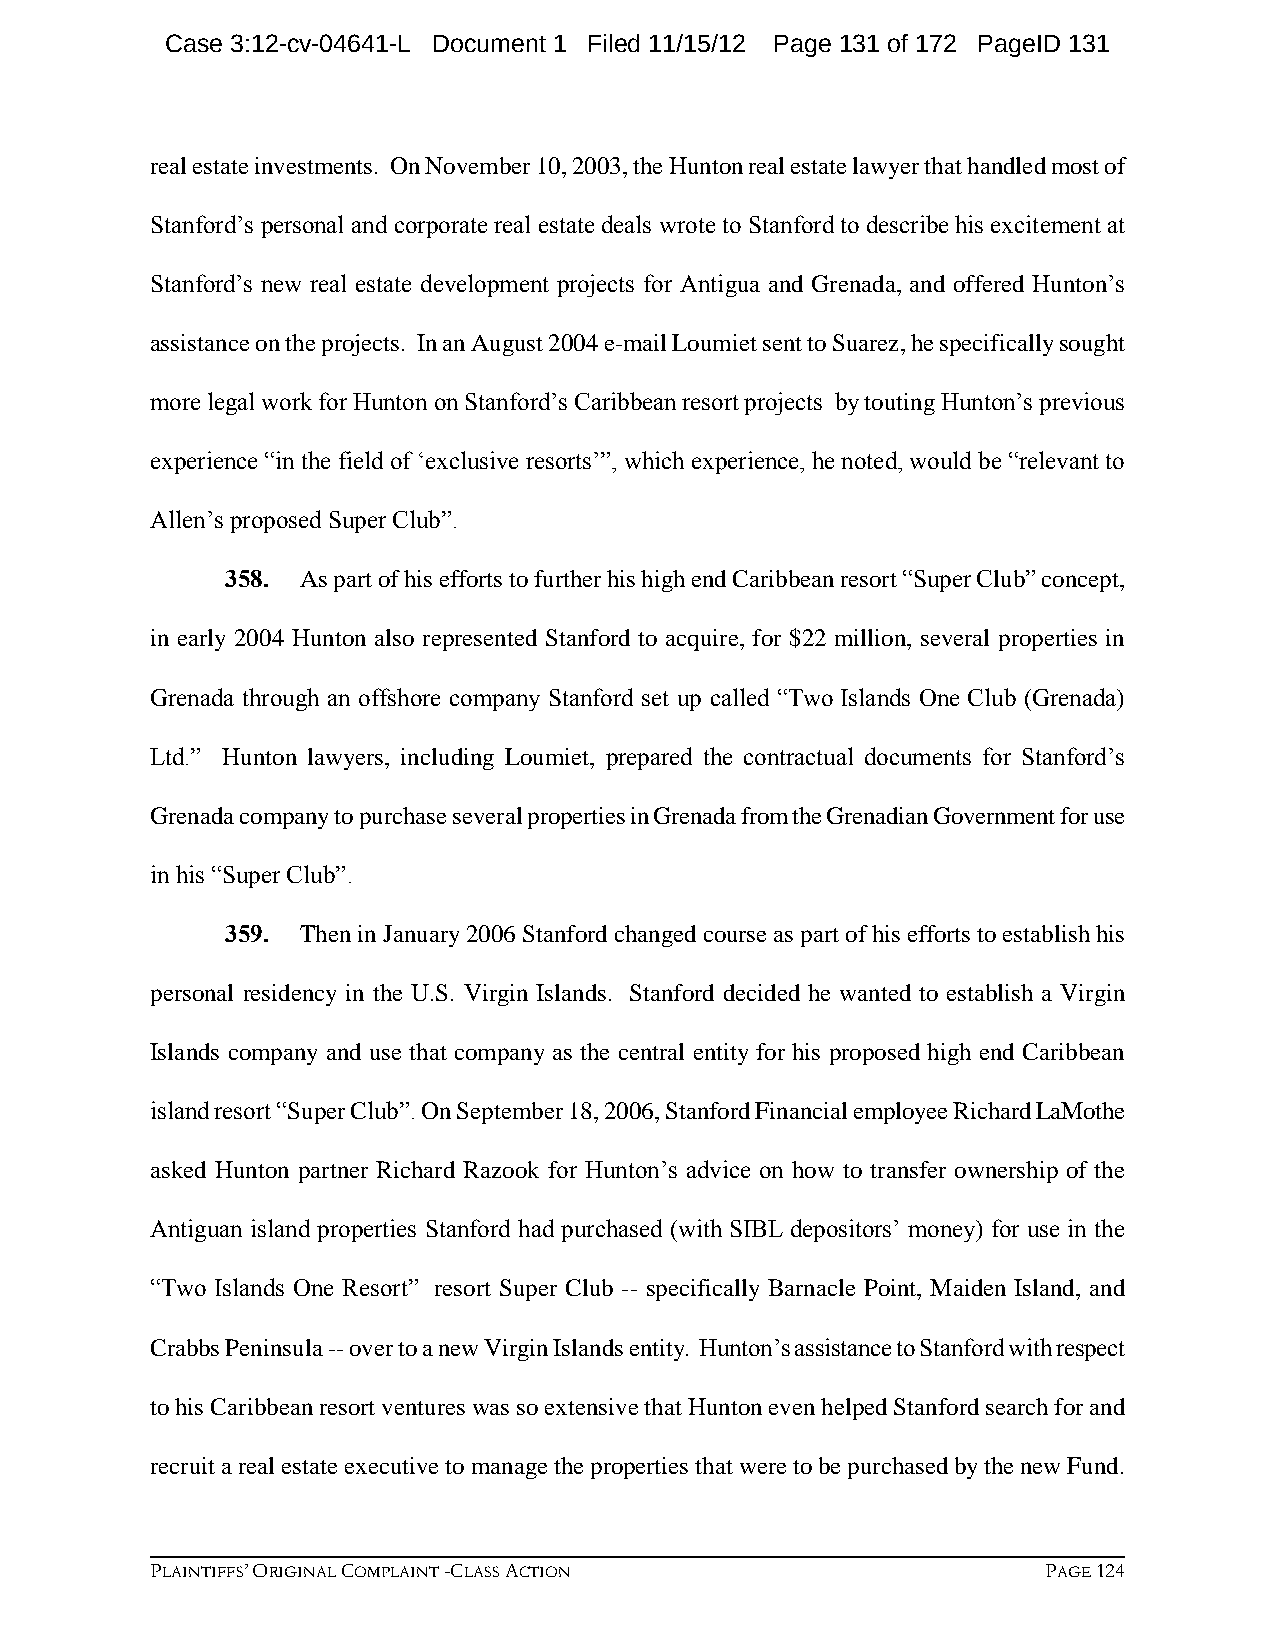
Case 3:12-cv-04641-L Document 1 Filed 11/15/12 Page 131 of 172 PageID 131
 real estate investments. On November 10, 2003, the Hunton real estate lawyer that handled most of
 Stanford’s personal and corporate real estate deals wrote to Stanford to describe his excitement at
 Stanford’s new real estate development projects for Antigua and Grenada, and offered Hunton’s
 assistance on the projects. In an August 2004 e-mail Loumiet sent to Suarez, he specifically sought
 more legal work for Hunton on Stanford’s Caribbean resort projects by touting Hunton’s previous
 experience “in the field of ‘exclusive resorts’”, which experience, he noted, would be “relevant to
 Allen’s proposed Super Club”.
 358. As part of his efforts to further his high end Caribbean resort “Super Club” concept,
 in early 2004 Hunton also represented Stanford to acquire, for $22 million, several properties in
 Grenada through an offshore company Stanford set up called “Two Islands One Club (Grenada)
 Ltd.” Hunton lawyers, including Loumiet, prepared the contractual documents for Stanford’s
 Grenada company to purchase several properties in Grenada from the Grenadian Government for use
 in his “Super Club”.
 359. Then in January 2006 Stanford changed course as part of his efforts to establish his
 personal residency in the U.S. Virgin Islands. Stanford decided he wanted to establish a Virgin
 Islands company and use that company as the central entity for his proposed high end Caribbean
 island resort “Super Club”. On September 18, 2006, Stanford Financial employee Richard LaMothe
 asked Hunton partner Richard Razook for Hunton’s advice on how to transfer ownership of the
 Antiguan island properties Stanford had purchased (with SIBL depositors’ money) for use in the
 “Two Islands One Resort” resort Super Club -- specifically Barnacle Point, Maiden Island, and
 Crabbs Peninsula -- over to a new Virgin Islands entity. Hunton’s assistance to Stanford with respect
 to his Caribbean resort ventures was so extensive that Hunton even helped Stanford search for and
 recruit a real estate executive to manage the properties that were to be purchased by the new Fund.
 PLAINTIFFS’ ORIGINAL COMPLAINT -CLASS ACTION               PAGE 124